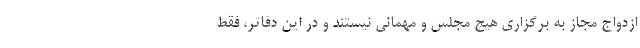
ازدواج مجاز به برگزاری هیچ مجلس و مهمانی نیستند و در این دفاتر، فقط